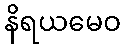
နိရယမေဝ